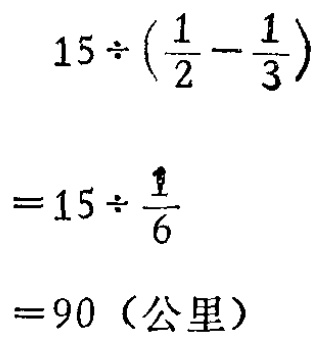
\[

\begin{align*}

&15\div(\frac{1}{2}-\frac{1}{3})\\

=&15\div\frac{1}{6}\\

=&90 \text{（公里）}

\end{align*}

\]